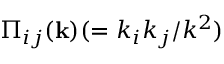
\Pi _ { i j } ( { \bf { k } } ) ( = k _ { i } k _ { j } / k ^ { 2 } )